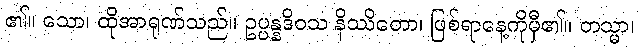
၏။ သော၊ ထိုအာရုဏ်သည်။ ဥပ္ပန္နဒိဝသ နိဿိတော၊ ဖြစ်ရာနေ့ကိုမှီ၏။ တသ္မာ၊